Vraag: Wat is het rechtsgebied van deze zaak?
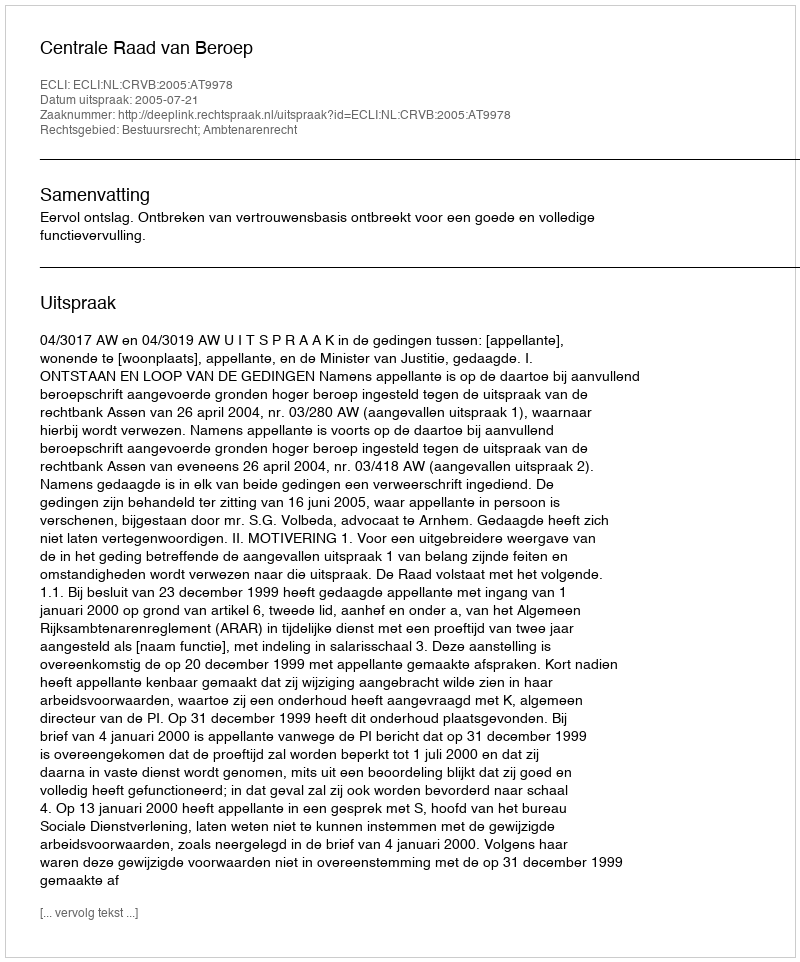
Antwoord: Bestuursrecht; Ambtenarenrecht